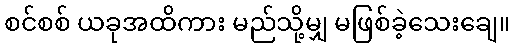
စင်စစ် ယခုအထိကား မည်သို့မျှ မဖြစ်ခဲ့သေးချေ။